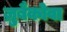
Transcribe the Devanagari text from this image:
ज्रुबैकोवा